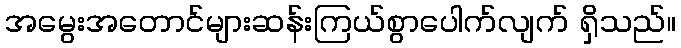
အမွေးအတောင်များဆန်းကြယ်စွာပေါက်လျက် ရှိသည်။